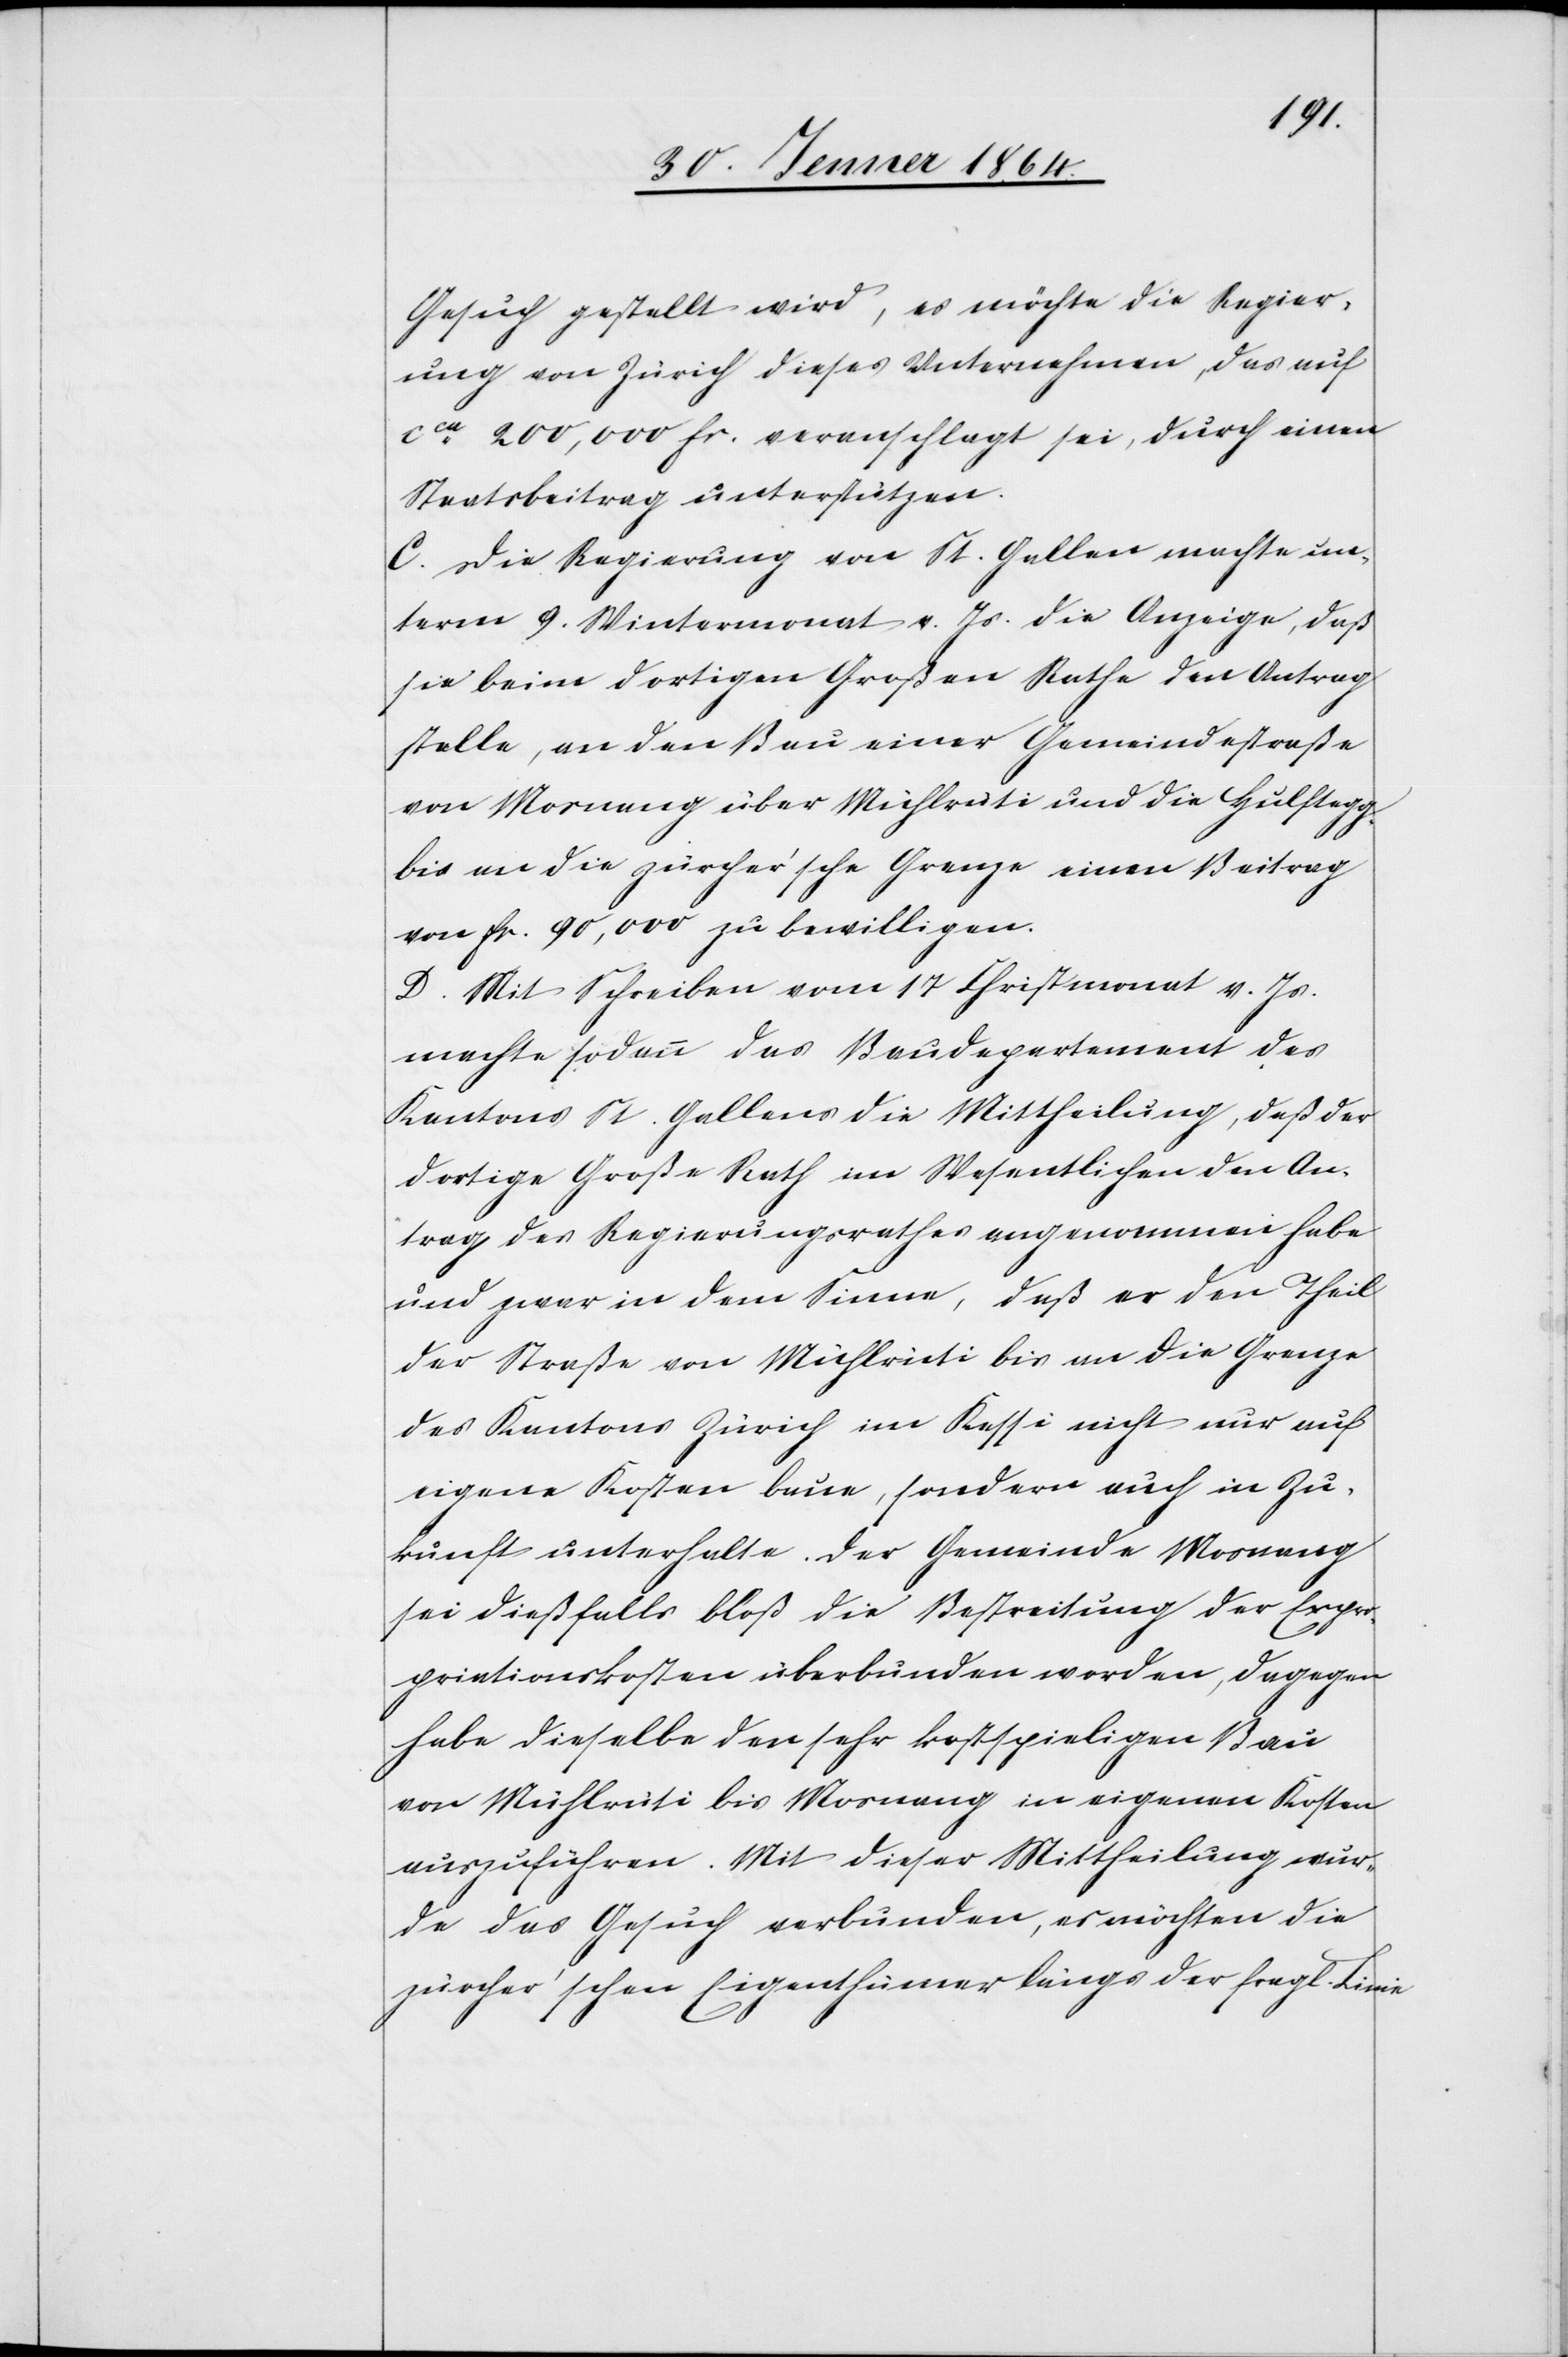
Gesuch gestellt wird, es möchte die Regier¬
ung von Zürich dieses Unternehmen, das auf
cca 200,000 fr. veranschlagt sei, durch einen
Staatsbeitrag unterstützen.
C. Die Regierung von St. Gallen machte un¬
term 9. Wintermonat v. Js. die Anzeige, daß
sie beim dortigen Großen Rathe den Antrag
stelle, an den Bau einer Gemeindestraße
von Mosnang über Mühlrüti und die Hulftegg
bis an die zürcher’sche Grenze einen Beitrag
von fr. 90,000 zu bewilligen.
D. Mit Schreiben vom 17 Christmonat v. Js.
machte sodann das Baudepartement des
Kantons St. Gallen die Mittheilung, daß der
dortige Große Rath im Wesentlichen den An¬
trag des Regierungsrathes angenommen habe
und zwar in dem Sinne, daß er den Theil
der Straße von Mühlrüti bis an die Grenze
des Kantons Zürich im Kessi nicht nur auf
eigene Kosten baue, sondern auch in Zu¬
kunft unterhalte. Der Gemeinde Mosnang
sei dießfalls bloß die Bestreitung der Expro¬
priationskosten überbunden worden, dagegen
habe dieselbe den sehr kostspieligen Bau
von Mühlrüti bis Mosnang in eigenen Kosten
auszuführen. Mit dieser Mittheilung wur¬
de das Gesuch verbunden, es möchten die
zürcher’schen Eigenthümer längs der fragl. Linie